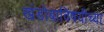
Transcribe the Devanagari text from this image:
खंडोबाविषयीच्या